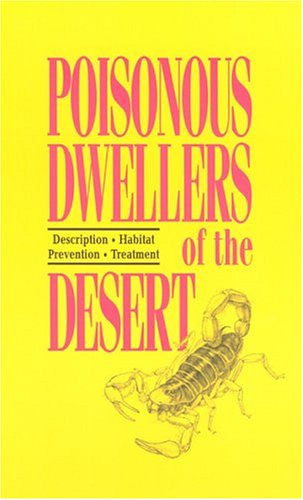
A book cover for Poisonous Dwellers of the Desert: Description, Habitat, Prevention, Treatment; Trevor Hare; Sports & Outdoors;